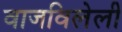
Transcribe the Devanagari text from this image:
वाजविलेली